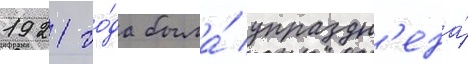
1921 го́да была́ упраздн'ена́